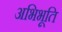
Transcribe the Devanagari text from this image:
अभिभूति